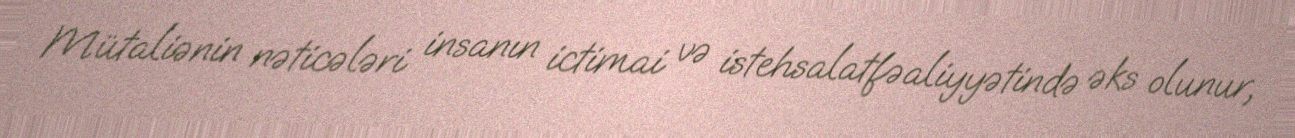
Mütaliənin nəticələri insanın ictimai və istehsalatfəaliyyətində əks olunur,